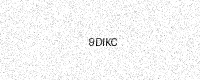
Text: 9DIKC